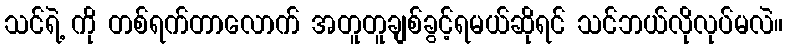
သင်ရဲ့ ကို တစ်ရက်တာလောက် အတူတူချစ်ခွင့်ရမယ်ဆိုရင် သင်ဘယ်လိုလုပ်မလဲ။